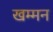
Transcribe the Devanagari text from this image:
खम्मन